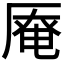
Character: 𠪎